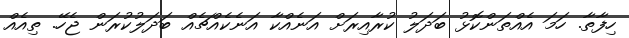
ހިފާތާ. ހަމަ އެއްތަންކޮޅު ބަދަލު ކުރާއިރަށް އަނެއްކާ އަނެކެއްޗެއް ބަދަލުކުރަން ޖެހޭ. ތިއެއް